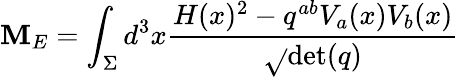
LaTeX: \mathbf{M}_{E}=\int_{\Sigma}d^{3}x{\frac{{H(x)^{2}-q^{ab}V_{a}(x)V_{b}(x)}}{{\sqrt{}{{\operatorname*{det}(q)}}}}}